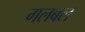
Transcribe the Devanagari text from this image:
गलबल